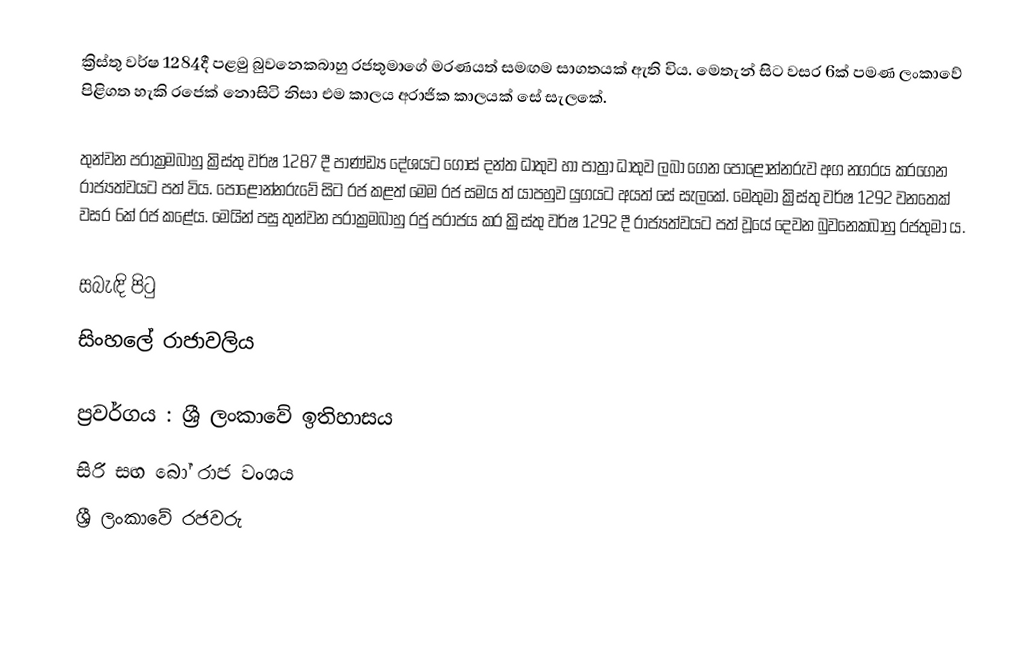
ක්‍රිස්තු වර්ෂ 1284දී පළමු බුවනෙකබාහු රජතුමාගේ මරණයත් සමඟම සාගතයක් ඇති විය. මෙතැන් සිට වසර 6ක් පමණ ලංකාවේ පිළිගත හැකි රජෙක් නොසිටි නිසා එම කාලය අරාජික කාලයක් සේ සැලකේ.

තුන්වන පරාක්‍රමබාහු ක්‍රිස්තු වර්ෂ 1287 දී පාණ්ඩ්‍ය දේශයට ගොස් දන්ත ධාතුව හා පාත්‍රා ධාතුව ලබා ගෙන පොළොන්නරුව අග නගරය කරගෙන රාජ්‍යත්වයට පත් විය. පොළොන්නරුවේ සිට රජ කළත් මෙම රජ සමය ත් යාපහුව යුගයට අයත් සේ සැලකේ. මෙතුමා ක්‍රිස්තු වර්ෂ 1292 වනතෙක් වසර 6ක් රජ කළේය. මෙයින් පසු තුන්වන පරාක්‍රමබාහු රජු පරාජය කර ක්‍රිස්තු වර්ෂ 1292 දී රාජ්‍යත්වයට පත් වූයේ දෙවන බුවනෙකබාහු රජතුමා ය.

සබැඳි පිටු
 සිංහලේ රාජාවලිය

ප්‍රවර්ගය : ශ්‍රී ලංකාවේ ඉතිහාසය
සිරි සඟ බෝ රාජ වංශය
ශ්‍රී ලංකාවේ රජවරු